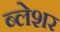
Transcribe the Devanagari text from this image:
ब्लेशर